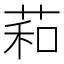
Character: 萂